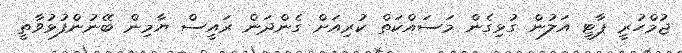
ޖުމްހުރީ ޕާޓީ އަލުން ގުޅިގެން މަސައްކަތް ކުރިއަށް ގެންދަން ރައީސް ޔާމިން ބޭނުންފުޅުވާތީ